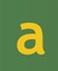
a